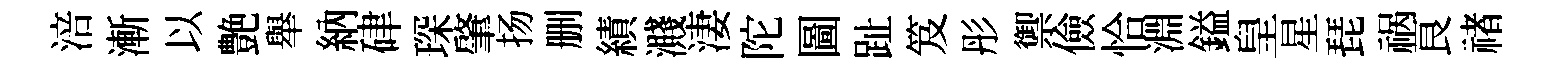
涪漸以艶舉納硉琛肇扬删績濺淒陀圖趾笈彤禦儉恰淵鎰皇星琵祸良禇